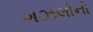
ગઝલોનો